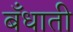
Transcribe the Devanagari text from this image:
बँधाती